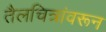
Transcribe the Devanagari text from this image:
तैलचित्रांवरून